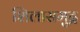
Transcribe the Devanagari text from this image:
शिलासमुद्र